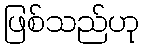
ဖြစ်သည်ဟု